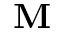
\textbf { M }